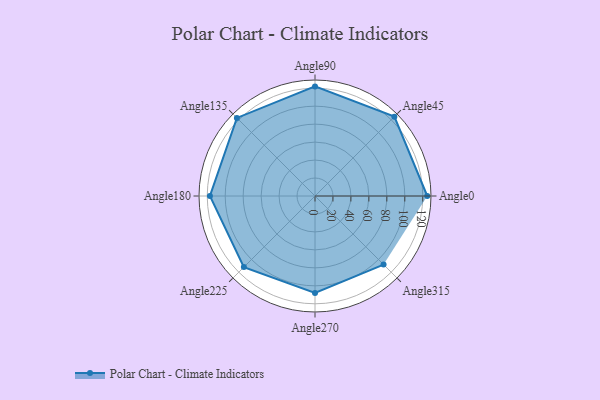
{"axis": {"x": "Angle", "y": "Radius"}, "legend": [""], "data": [{"x": "Angle0", "y": 125.0, "type": ""}, {"x": "Angle45", "y": 125.0, "type": ""}, {"x": "Angle90", "y": 122.0, "type": ""}, {"x": "Angle135", "y": 123.0, "type": ""}, {"x": "Angle180", "y": 117.0, "type": ""}, {"x": "Angle225", "y": 112.0, "type": ""}, {"x": "Angle270", "y": 108.0, "type": ""}, {"x": "Angle315", "y": 108.0, "type": ""}]}